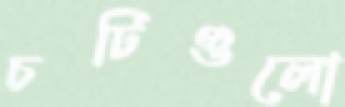
চটিগুলো